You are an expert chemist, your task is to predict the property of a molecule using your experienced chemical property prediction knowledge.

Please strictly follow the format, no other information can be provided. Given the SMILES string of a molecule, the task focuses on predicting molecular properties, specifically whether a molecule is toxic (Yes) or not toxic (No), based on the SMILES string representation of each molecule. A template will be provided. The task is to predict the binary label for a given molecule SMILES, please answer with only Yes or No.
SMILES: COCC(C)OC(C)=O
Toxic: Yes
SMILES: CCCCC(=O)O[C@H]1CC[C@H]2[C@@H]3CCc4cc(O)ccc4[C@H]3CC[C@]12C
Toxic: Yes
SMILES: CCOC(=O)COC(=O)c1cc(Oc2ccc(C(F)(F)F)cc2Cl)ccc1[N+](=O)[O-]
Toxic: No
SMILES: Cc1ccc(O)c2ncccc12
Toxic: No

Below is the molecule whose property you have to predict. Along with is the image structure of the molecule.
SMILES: COC(C)(C)CCO
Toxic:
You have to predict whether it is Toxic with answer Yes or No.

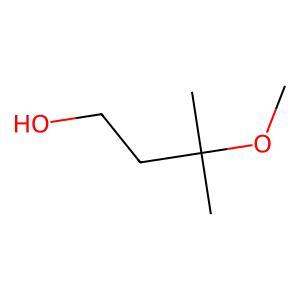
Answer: No